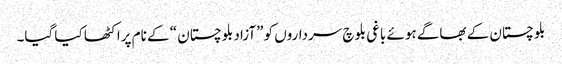
بلوچستان کے بھاگے ہوئے باغی بلوچ سرداروں کو ”آزاد بلوچستان “ کے نام پراکٹھا کیا گیا۔